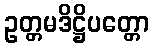
ဥတ္တမဒိဋ္ဌိပတ္တော